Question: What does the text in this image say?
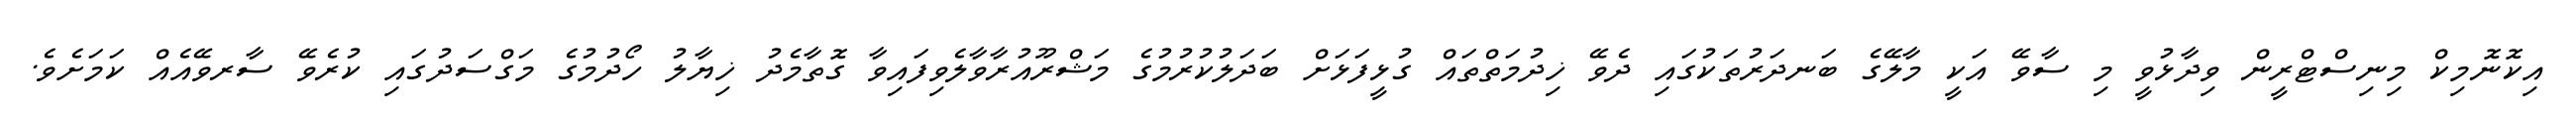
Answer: އިކޮނޮމިކް މިނިސްޓްރީން ވިދާޅުވީ މި ސާވޭ އަކީ މާލޭގެ ބަނދަރުތަކުގައި ދެވޭ ޚިދުމަތްތައް ގުޅީފަޅަށް ބަދަލުކުރުމުގެ މަޝްރޫއުރާވާލެވިފައިވާ ގޮތާމެދު ޚިޔާލު ހޯދުމުގެ މަގްސަދުގައި ކުރެވޭ ސާރވޭއެއް ކަމަށެވެ.